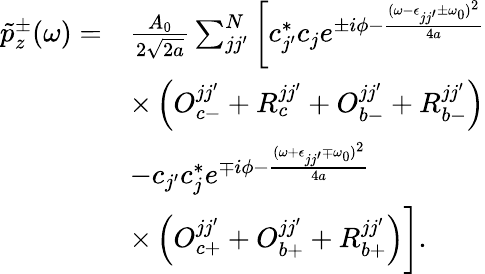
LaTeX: \begin{array}{rl}{\tilde{p}_{z}^{\pm}(\omega)=}&{\frac{A_{0}}{2\sqrt{2a}}\sum_{jj^{\prime}}^{N}\bigg[c_{j^{\prime}}^{*}c_{j}e^{\pm i\phi-\frac{(\omega-\epsilon_{jj^{\prime}}\pm\omega_{0})^{2}}{4a}}}\\ &{\times\left(O_{c-}^{jj^{\prime}}+R_{c}^{jj^{\prime}}+O_{b-}^{jj^{\prime}}+R_{b-}^{jj^{\prime}}\right)}\\ &{-c_{j^{\prime}}c_{j}^{*}e^{\mp i\phi-\frac{(\omega+\epsilon_{jj^{\prime}}\mp\omega_{0})^{2}}{4a}}}\\ &{\times\left(O_{c+}^{jj^{\prime}}+O_{b+}^{jj^{\prime}}+R_{b+}^{jj^{\prime}}\right)\bigg].}\end{array}